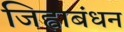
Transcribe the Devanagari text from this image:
जिह्वाबंधन